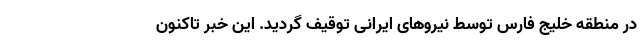
در منطقه خلیج فارس توسط نیروهای ایرانی توقیف گردید. این خبر تاکنون